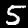
Label: 5